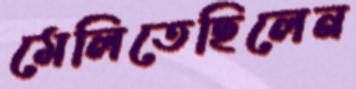
মেলিতেছিলেন